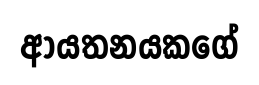
ආයතනයකගේ